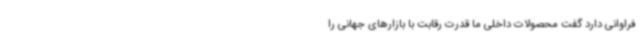
فراوانی دارد گفت محصولات داخلی ما قدرت رقابت با بازارهای جهانی را